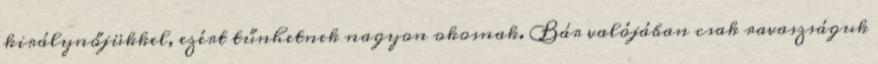
királynőjükkel, ezért tűnhetnek nagyon okosnak. Bár valójában csak ravaszságuk